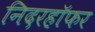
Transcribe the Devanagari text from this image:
निदरहॉफर